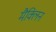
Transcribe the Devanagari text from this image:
मैक्लिन